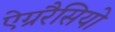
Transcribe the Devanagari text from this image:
ऐग्ररैसियो